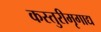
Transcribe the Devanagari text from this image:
कस्तुरीमृगाद्य